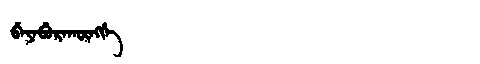
Manchu: ᠪᡝᠶᡝᠪᡠᡵᠠᡴᡡᠩᡤᡝ
Romanization: BEYEBURAKŪNGGE